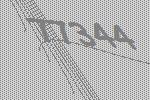
77344